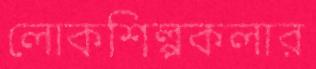
লোকশিল্পকলার